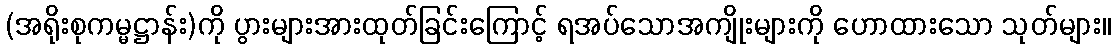
(အရိုးစုကမ္မဋ္ဌာန်း)ကို ပွားများအားထုတ်ခြင်းကြောင့် ရအပ်သောအကျိုးများကို ဟောထားသော သုတ်များ။